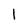
Character: 1